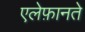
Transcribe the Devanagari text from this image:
एलेफ़ानते